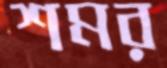
শমর